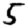
Digit: 5